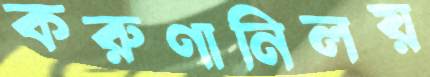
করুণানিলয়